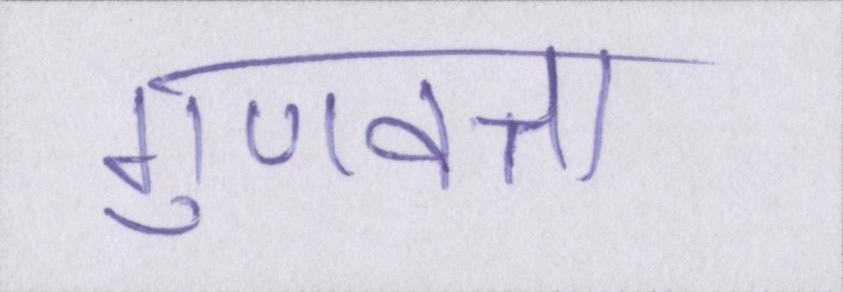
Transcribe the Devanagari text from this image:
गुणवत्ता